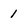
Character: 1